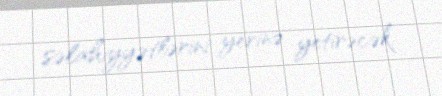
səlahiyyətlərini yerinə yetirəcək.